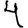
Digit: 4